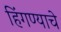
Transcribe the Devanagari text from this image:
हिंगण्याचे